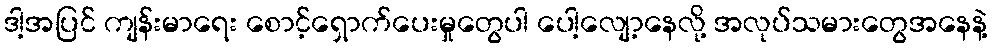
ဒါ့အပြင် ကျန်းမာရေး စောင့်ရှောက်ပေးမှုတွေပါ ပေါ့လျော့နေလို့ အလုပ်သမားတွေအနေနဲ့